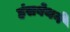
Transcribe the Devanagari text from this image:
हंसबेथने